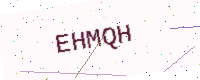
Text: EHMQH